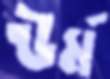
ঊর্ম